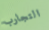
التجارب